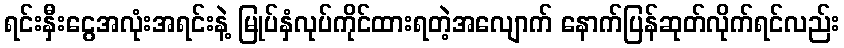
ရင်းနှီးငွေအလုံးအရင်းနဲ့ မြုပ်နှံလုပ်ကိုင်ထားရတဲ့အလျောက် နောက်ပြန်ဆုတ်လိုက်ရင်လည်း